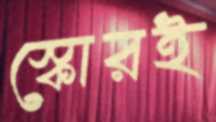
স্কোরই